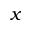
x